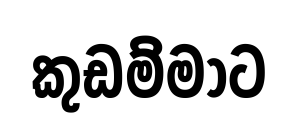
කුඩම්මාට